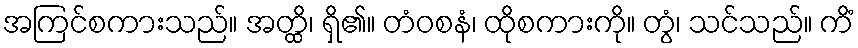
အကြင်စကားသည်။ အတ္ထိ၊ ရှိ၏။ တံဝစနံ၊ ထိုစကားကို။ တွံ၊ သင်သည်။ ကိံ